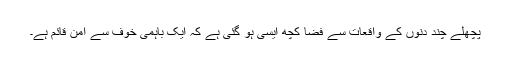
پچھلے چند دنوں کے واقعات سے فضا کچھ ایسی ہو گئی ہے کہ ایک باہمی خوف سے امن قائم ہے۔